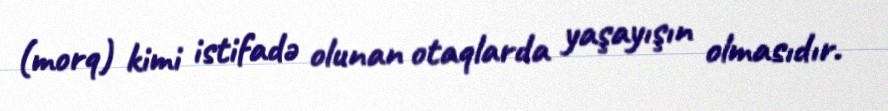
(morq) kimi istifadə olunan otaqlarda yaşayışın olmasıdır.